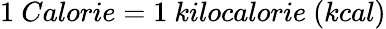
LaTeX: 1~Calorie=1~kilocalorie~(kcal)